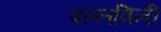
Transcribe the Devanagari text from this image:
पल्लविनी